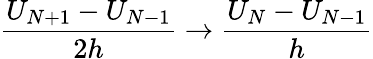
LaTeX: \frac{U_{N+1}-U_{N-1}}{2h}\to\frac{U_{N}-U_{N-1}}{h}